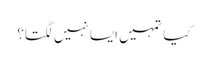
کیا تمہیں ایسا نہیں لگتا؟